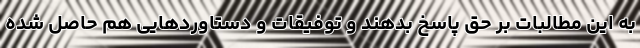
به این مطالبات بر حق پاسخ بدهند و توفیقات و دستاوردهایی هم حاصل شده